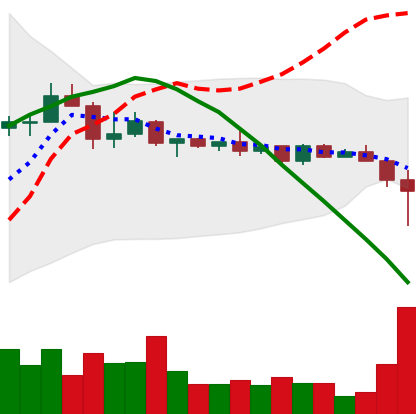
Ticker: BNB-USD
Chart end date: 2022-12-13
Forward return: -7.647%
Label: down_7plus